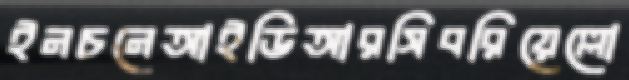
ইনচনেআইডিআরসিবরিয়েল্লো